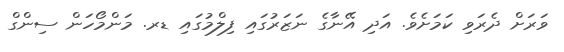
ވަރަށް ދެރަވި ކަމަަށެވެ. އަދި އޭނާގެ ނަޒަރުގައި ފިލްމުގައި ޑރ. މަންމޯހަން ސިންގް